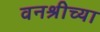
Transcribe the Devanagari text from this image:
वनश्रीच्या